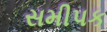
સમીપક